Annual report on the Civil Veterinary Department, Burma (including the Insein Veterinary School) - 1923-1931
Year: 1923
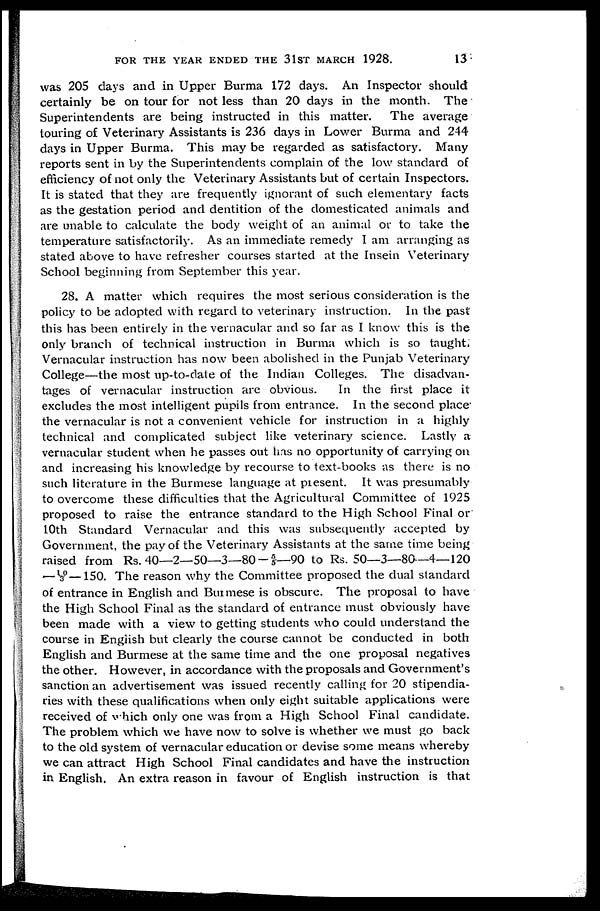
FOR THE YEAR ENDED THE 31ST MARCH 1928.
13
was 205 days and in Upper Burma 172 days. An Inspector should
certainly be on tour for not less than 20 days in the month. The
Superintendents are being instructed in this matter. The average
touring of Veterinary Assistants is 236 days in Lower Burma and 244
days in Upper Burma. This may be regarded as satisfactory. Many
reports sent in by the Superintendents complain of the low standard of
efficiency of not only the Veterinary Assistants but of certain Inspectors.
It is stated that they are frequently ignorant of such elementary facts
as the gestation period and dentition of the domesticated animals and
are unable to calculate the body weight of an animal or to take the
temperature satisfactorily. As an immediate remedy I am arranging as
stated above to have refresher courses started at the Insein Veterinary
School beginning from September this year.
28. A matter which requires the most serious consideration is the
policy to be adopted with regard to veterinary instruction. In the past
this has been entirely in the vernacular and so far as I know this is the
only branch of technical instruction in Burma which is so taught.
Vernacular instruction has now been abolished in the Punjab Veterinary
College—the most up-to-date of the Indian Colleges. The disadvan-
tages of vernacular instruction are obvious.
In the first place it
excludes the most intelligent pupils from entrance. In the second place
the vernacular is not a convenient vehicle for instruction in a highly
technical and complicated subject like veterinary science. Lastly a
vernacular student when he passes out has no opportunity of carrying on
and increasing his knowledge by recourse to text-books as there is no
such literature in the Burmese language at present. It was presumably
to overcome these difficulties that the Agricultural Committee of 1925
proposed to raise the entrance standard to the High School Final or
10th Standard Vernacular and this was subsequently accepted by
Government, the pay of the Veterinary Assistants at the same time being
raised from Rs. 40—2—50—3—80—-5/5—90 to Rs. 50—3—80—4—120
—10/3—150. The reason why the Committee proposed the dual standard
of entrance in English and Burmese is obscure. The proposal to have
the High School Final as the standard of entrance must obviously have
been made with a view to getting students who could understand the
course in English but clearly the course cannot be conducted in both
English and Burmese at the same time and the one proposal negatives
the other. However, in accordance with the proposals and Government's
sanction an advertisement was issued recently calling for 20 stipendia-
ries with these qualifications when only eight suitable applications were
received of which only one was from a High School Final candidate.
The problem which we have now to solve is whether we must go back
to the old system of vernacular education or devise some means whereby
we can attract High School Final candidates and have the instruction
in English. An extra reason in favour of English instruction is that